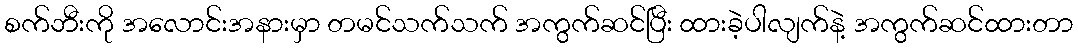
စက်ဘီးကို အလောင်းအနားမှာ တမင်သက်သက် အကွက်ဆင်ပြီး ထားခဲ့ပါလျက်နဲ့ အကွက်ဆင်ထားတာ